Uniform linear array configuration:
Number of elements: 24
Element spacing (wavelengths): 0.25
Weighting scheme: uniform
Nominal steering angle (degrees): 15
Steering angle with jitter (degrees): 16.643
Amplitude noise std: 0.05
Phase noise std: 0.05

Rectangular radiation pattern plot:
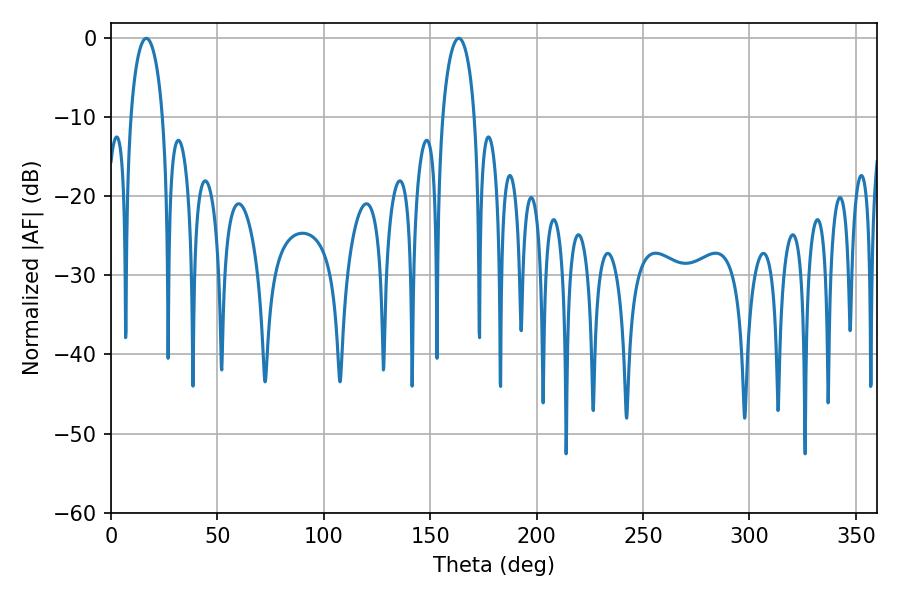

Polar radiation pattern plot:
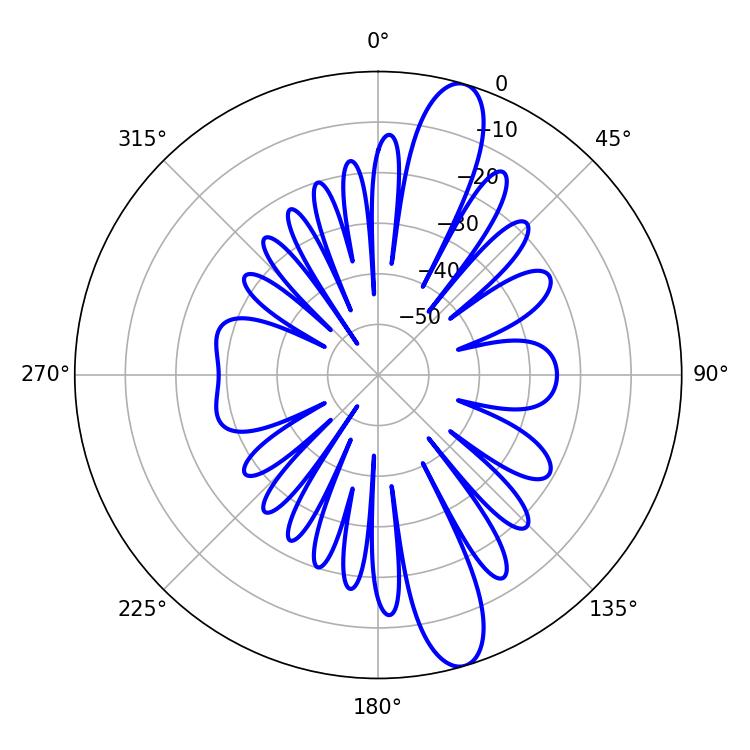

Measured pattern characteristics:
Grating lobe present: FALSE
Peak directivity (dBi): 13.077
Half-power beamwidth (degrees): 8.64
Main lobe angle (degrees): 16.56